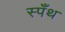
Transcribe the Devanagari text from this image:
स्पँथ